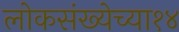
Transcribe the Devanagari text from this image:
लोकसंख्येच्या१४